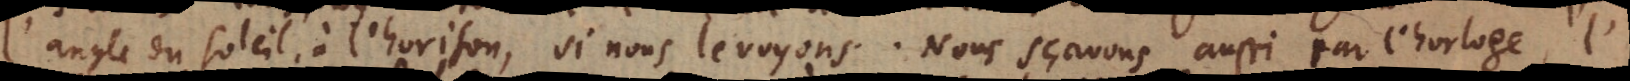
l’angle du soleil à l’horison, si nous le voyons. Nous sçavons aussi par l’horloge, l’